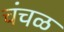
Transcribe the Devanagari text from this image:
चंचळ